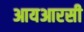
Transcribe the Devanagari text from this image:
आयआरसी